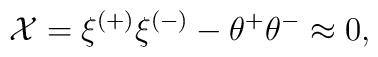
{\cal X}=\xi^{(+)}\xi^{(-)}-\theta^+\theta^-\approx 0,